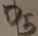
Text: D5